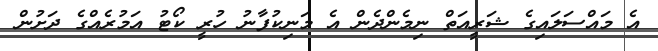
އެ މައްސަލައިގެ ޝަރީއަތް ނިމެންދެން އެ މަނިކުފާނު ހުރީ ކޯޓު އަމުރެއްގެ ދަށުން